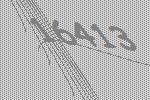
16413